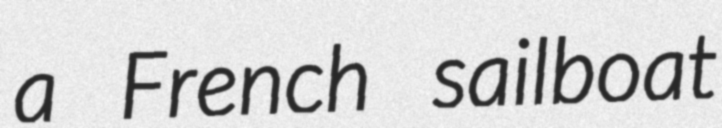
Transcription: a French sailboat